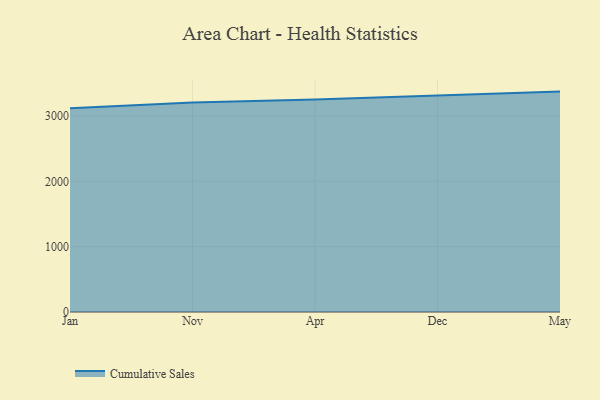
{"axis": {"x": "Month", "y": "Bounce Rate (%)"}, "legend": ["Cumulative Sales"], "data": [{"x": "Jan", "y": 3117.9, "type": "Cumulative Sales"}, {"x": "Nov", "y": 3207.4, "type": "Cumulative Sales"}, {"x": "Apr", "y": 3253.5, "type": "Cumulative Sales"}, {"x": "Dec", "y": 3313.6, "type": "Cumulative Sales"}, {"x": "May", "y": 3373.5, "type": "Cumulative Sales"}]}